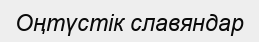
Оңтүстік славяндар